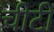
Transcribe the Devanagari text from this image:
चीटीं